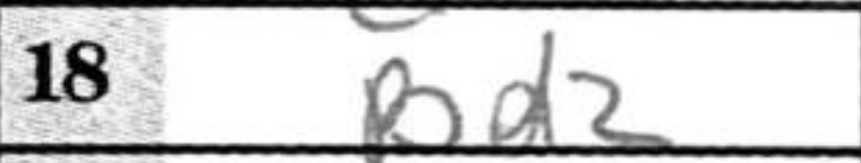
Transcription: Bd2